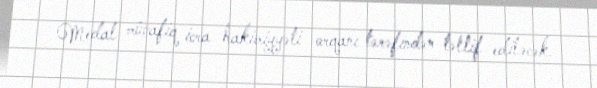
Medal müvafiq icra hakimiyyəti orqanı tərəfindən təltif ediləcək.